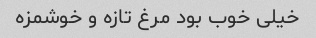
خیلی خوب بود مرغ تازه و خوشمزه